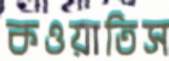
কওয়াতিস